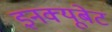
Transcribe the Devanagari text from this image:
इनक्यूबेट